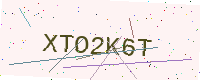
Text: XTO2K6T